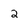
Character: 2